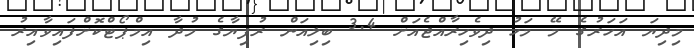
މިދިޔަ އަހަރުގެ މޭ މަހު ދިވެހިރާއްޖެއަށް 3.4 ބިލިއަން ރުފިޔާގެ މުދާ އިމްޕޯޓްކޮށްފައިވާއިރު